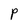
Character: P